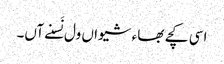
اسی کچے بھاء شیواں ول نَسنے آں۔